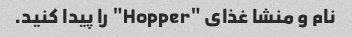
نام و منشا غذای "Hopper" را پیدا کنید.